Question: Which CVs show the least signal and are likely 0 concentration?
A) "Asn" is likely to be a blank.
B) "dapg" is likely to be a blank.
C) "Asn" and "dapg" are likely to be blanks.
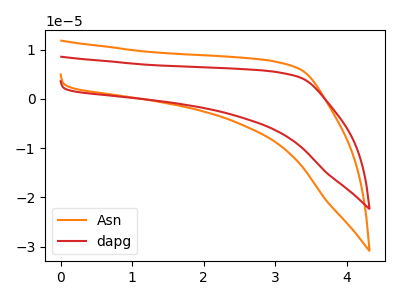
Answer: <think>The orange curve "Asn" has no peaks. The red curve "dapg" has no peaks.</think>
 <answer>C) "Asn" and "dapg" are likely to be blanks.</answer>
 <eval>C</eval>